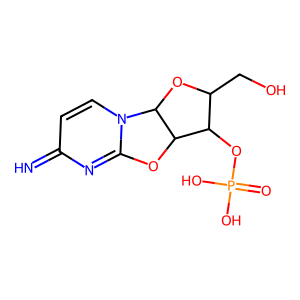
SMILES: N=c1ccn2c(n1)OC1C(OP(=O)(O)O)C(CO)OC12
Inhibits HIV replication: No